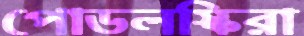
পোডলস্কিরা